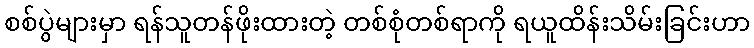
စစ်ပွဲများမှာ ရန်သူတန်ဖိုးထားတဲ့ တစ်စုံတစ်ရာကို ရယူထိန်းသိမ်းခြင်းဟာ